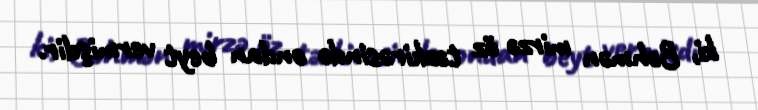
ki, Bəhmən mirzə öz təzkirəsində ondan beyt vermişdir.